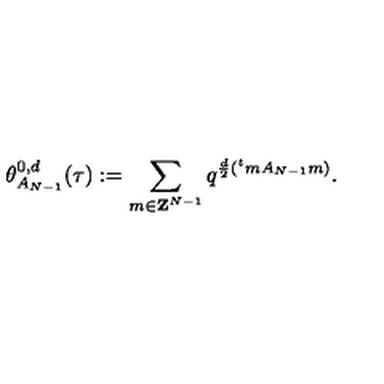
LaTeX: \theta _ { A _ { N - 1 } } ^ { 0 , d } ( \tau ) : = \sum _ { m \in { \bf Z } ^ { N - 1 } } q ^ { \frac { d } { 2 } ( { } ^ { t } m A _ { N - 1 } m ) } .